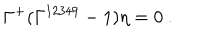
\Gamma ^ { + } ( \Gamma ^ { 1 2 3 4 9 } - 1 ) \eta = 0 ~ .